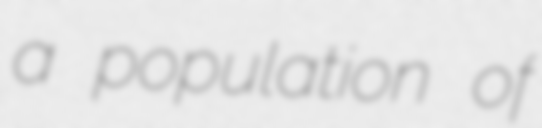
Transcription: a population of